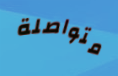
متواصلة